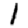
Digit: 1